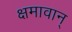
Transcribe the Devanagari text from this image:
क्षमावान्